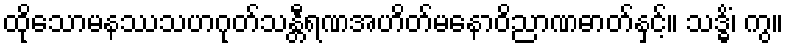
ထိုသောမနဿသဟဂုတ်သန္တီရဏအဟိတ်မနောဝိညာဏဓာတ်နှင့်။ သဒ္ဓိံ၊ ကွ။